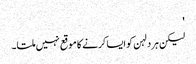
'
لیکن ہر دلہن کو ایسا کرنے کا موقع نہیں ملتا۔